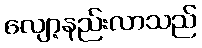
လျော့နည်းလာသည်